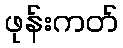
ဖုန်းကတ်